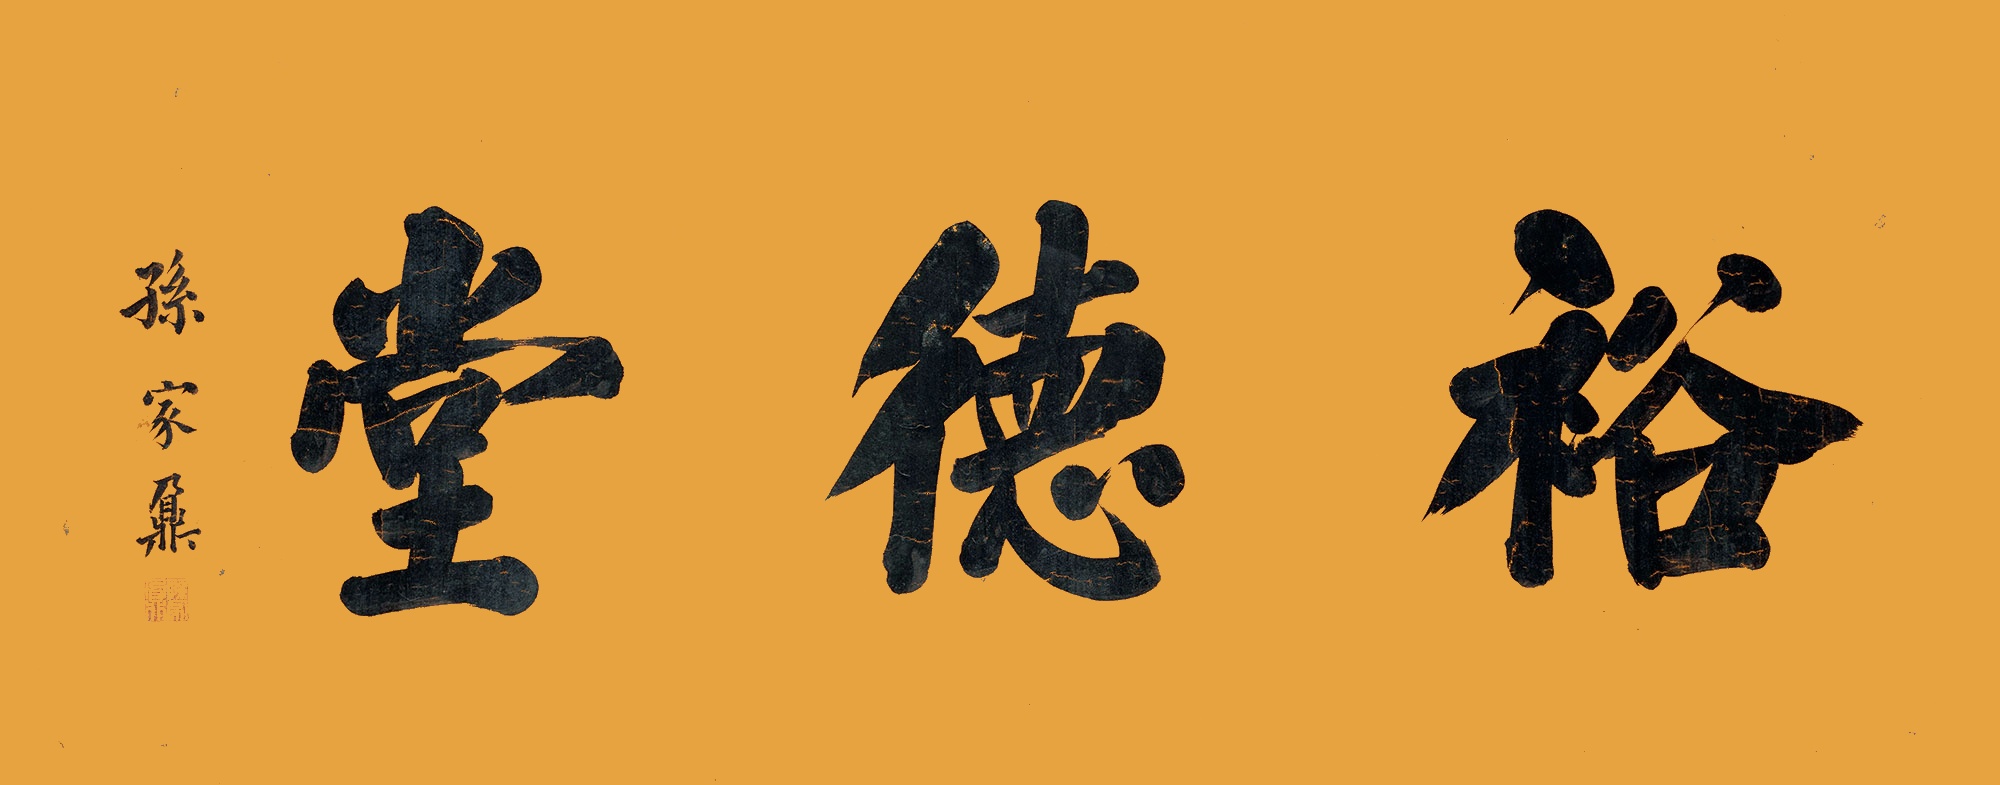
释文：裕德堂孙家鼐